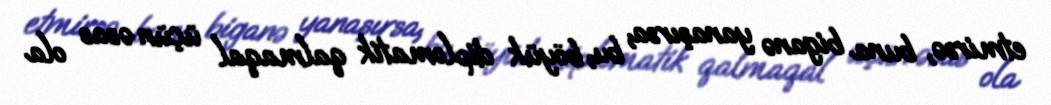
etmirsə, buna biganə yanaşırsa, bu, böyük diplomatik qalmaqal üçün əsas ola